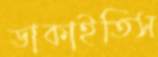
ডাকাইতিস